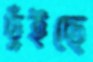
ছুঁইছে